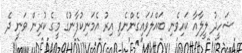
ޝަހީދު ލީލާއާ ކައިވެނި ބައްލަވައިގެންނެވި އިރު އެމަނިކުފާނުގެ މީގެ ކުރިން ވަނީ ދެ